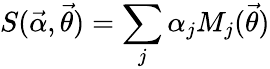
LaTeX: S(\vec{\alpha},\vec{\theta})=\sum_{j}\alpha_{j}M_{j}(\vec{\theta})